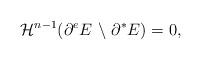
LaTeX: \begin{align*}\mathcal{H}^{n-1} ( \partial^{e} E \ \backslash \ \partial^{*} E ) =0,\end{align*}